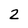
Character: 2